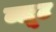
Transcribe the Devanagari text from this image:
ब्लूट